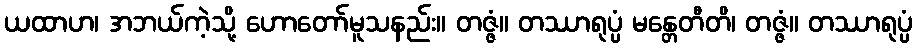
ယထာဟ၊ အဘယ်ကဲ့သို့ ဟောတော်မူသနည်း။ တဇ္ဇံ။ တဿာရုပ္ပံ မန္တေတီတိ၊ တဇ္ဇံ။ တဿာရုပ္ပံ